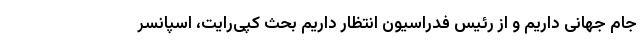
جام جهانی داریم و از رئیس فدراسیون انتظار داریم بحث کپی‌رایت، اسپانسر